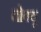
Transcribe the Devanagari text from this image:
तोक्यू